Problem: 16 + 37 = ?
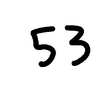
Handwritten answer: 53